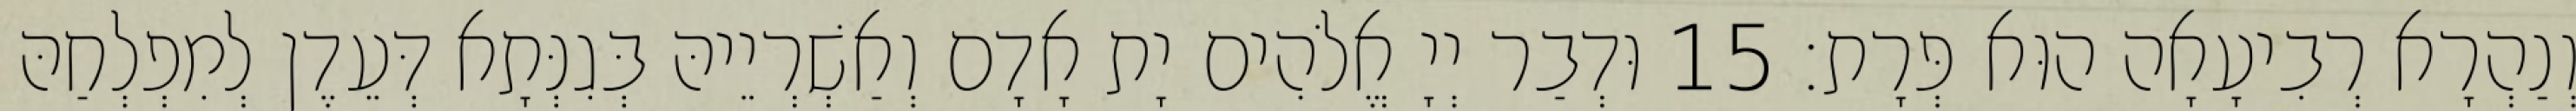
וְנַהְרָא רְבִיעָאָה הוּא פְּרָת׃ 15 וּדְבַר יְיָ אֱלֹהִים יָת אָדָם וְאַשְׁרְיֵיהּ בְּגִנְּתָא דְּעֵדֶן לְמִפְלְחַהּ